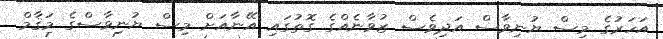
އަހަރުގެ މިސް ޔުނިވާސް އަދިވެސް ޒުވާނެއްގެ ގޮތުގައި އޭނާއަށް މިސް ޔުނިވާސްގެ މަޤާމް